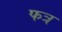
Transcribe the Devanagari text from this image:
फत्र